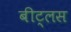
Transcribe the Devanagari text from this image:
बीट्लस